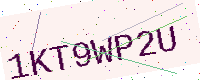
Text: 1KT9WP2U